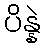
ပိန္နဲ